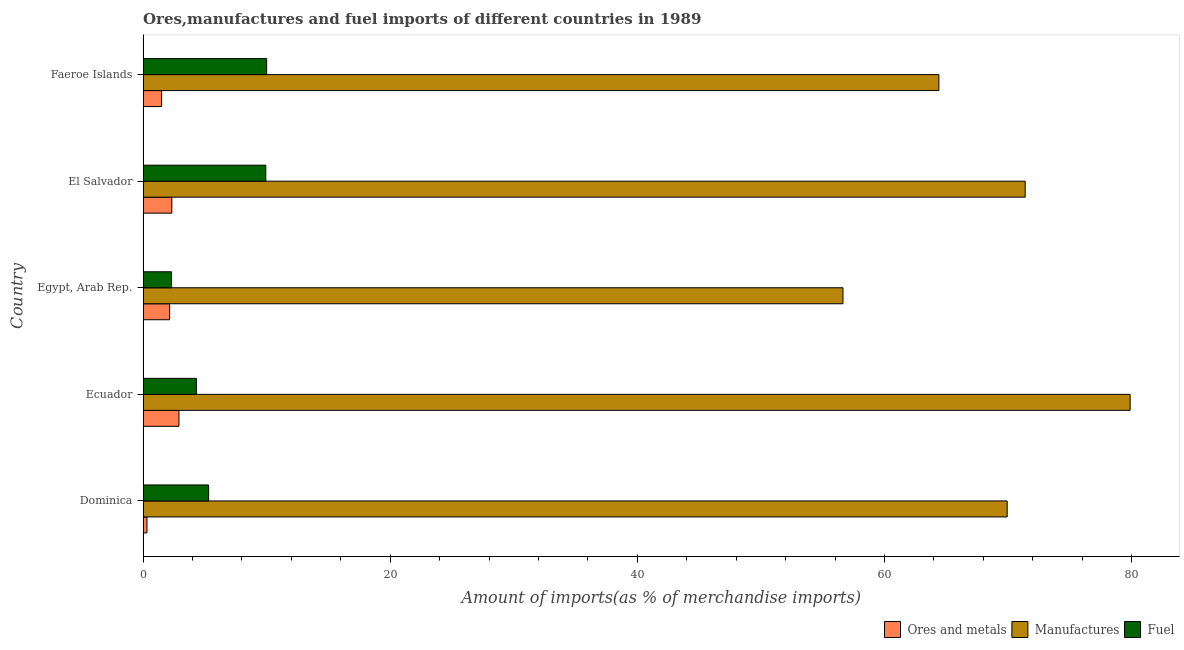
| Country | Ores and metals | Manufactures | Fuel |
 | --- | --- | --- | --- |
 | Dominica | 0.317 | 69.9 | 5.31 |
 | Ecuador | 2.9 | 79.9 | 4.32 |
 | Egypt, Arab Rep. | 2.15 | 56.6 | 2.3 |
 | El Salvador | 2.33 | 71.4 | 9.93 |
 | Faeroe Islands | 1.5 | 64.4 | 10 |